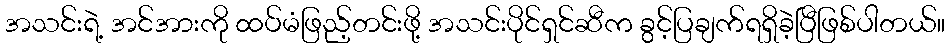
အသင်းရဲ့ အင်အားကို ထပ်မံဖြည့်တင်းဖို့ အသင်းပိုင်ရှင်ဆီက ခွင့်ပြချက်ရရှိခဲ့ပြီဖြစ်ပါတယ်။